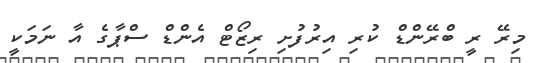
މިރޭ ރީ ބްރޭންޑް ކުރި އިރުފުށި ރިޒޯޓް އެންޑް ސްޕާގެ އާ ނަމަކީ